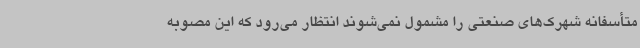
متأسفانه شهرک‌های صنعتی را مشمول نمی‌شوند انتظار می‌رود که این مصوبه